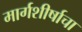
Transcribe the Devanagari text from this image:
मार्गशीर्षाचा